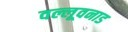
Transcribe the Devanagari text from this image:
वल्लूवनाड